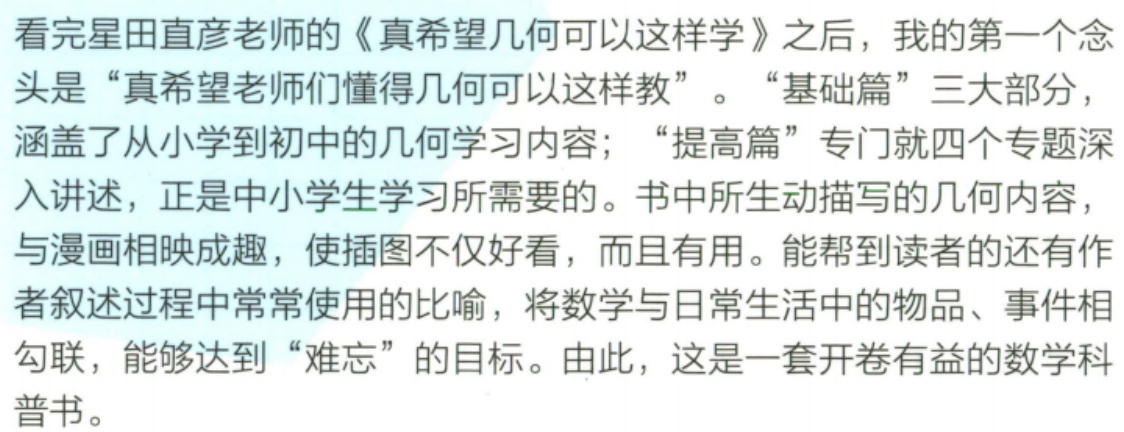
看完星田直彦老师的《真希望几何可以这样学》之后，我的第一个念头是“真希望老师们懂得几何可以这样教”。“基础篇”三大部分，涵盖了从小学到初中的几何学习内容；“提高篇”专门就四个专题深入讲述，正是中小学生学习所需要的。书中所生动描写的几何内容，与漫画相映成趣，使插图不仅好看，而且有用。能帮到读者的还有作者叙述过程中常常使用的比喻，将数学与日常生活中的物品、事件相勾联，能够达到“难忘”的目标。由此，这是一套开卷有益的数学科普书。